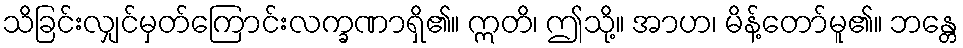
သိခြင်းလျှင်မှတ်ကြောင်းလက္ခဏာရှိ၏။ ဣတိ၊ ဤသို့။ အာဟ၊ မိန့်တော်မူ၏။ ဘန္တေ